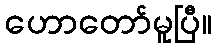
ဟောတော်မူပြီ။